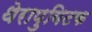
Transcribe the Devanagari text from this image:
थेरापुयिटक